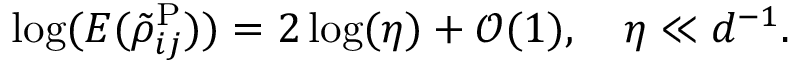
\log ( E ( \tilde { \rho } _ { i j } ^ { \mathrm { P } } ) ) = 2 \log ( \eta ) + \mathcal { O } ( 1 ) , \quad \eta \ll d ^ { - 1 } .